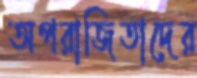
অপরাজিতাদের